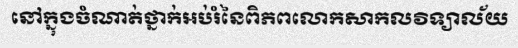
នៅក្នុងចំណាត់ថ្នាក់អប់រំនៃពិភពលោកសាកលវិទ្យាល័យ